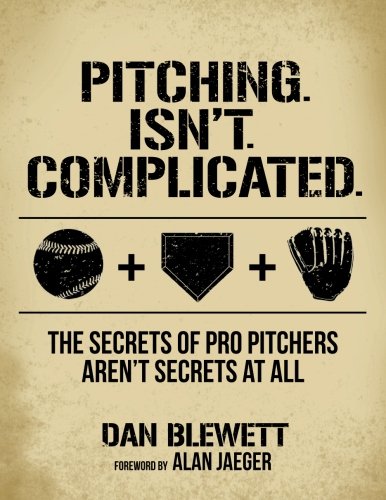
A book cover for Pitching. Isn't. Complicated.: The Secrets Of Pro Pitchers Aren't Secrets At All; Dan Blewett; Sports & Outdoors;